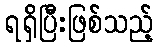
ရရှိပြီးဖြစ်သည့်